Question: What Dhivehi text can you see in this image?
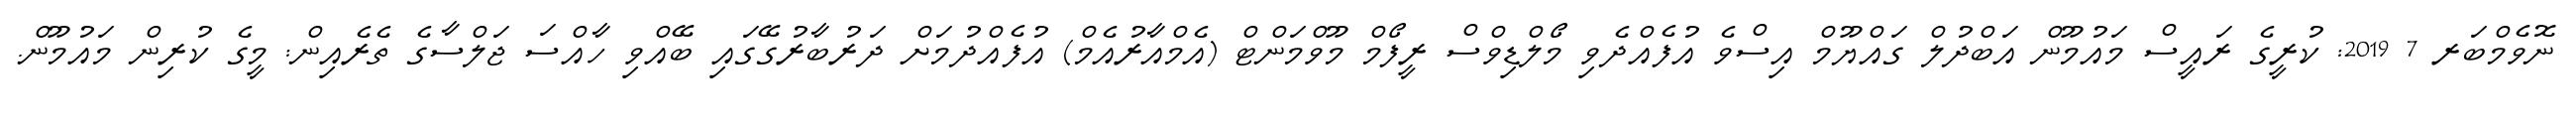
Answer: ނޮވެމްބަރ 7 2019: ކުރީގެ ރައީސް މައުމޫން އަބްދުލް ގައްޔޫމް އިސްވެ އުފެއްދެވި މޯލްޑިވްސް ރީފޯމް މޫވްމަންޓް (އެމްއާރުއެމް) އުފެއްދުމަށް ދަރުބާރުގޭގައި ބޭއްވި ހާއްސަ ޖަލްސާގެ ތެރެއިން: މީގެ ކުރިން މައުމޫން.